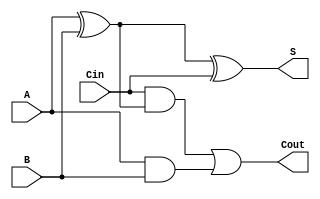
`timescale 1ns / 1ps


module fAdder(
    input A,
    input B,
    input Cin,
    output S,
    output Cout
    );
    
    assign S = (A ^ B) ^ Cin;
    assign Cout = Cin & (A ^ B) | A & B;
endmodule